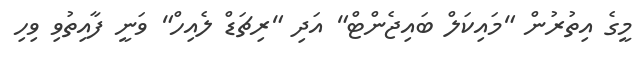
މީގެ އިތުރުން "މައިކަލް ބައިޖެންޓް" އަދި "ރިޗަޑް ލެއިހް" ވަނީ ފާއިތުވި ވިހި